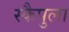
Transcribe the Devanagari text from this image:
स्कैपुला